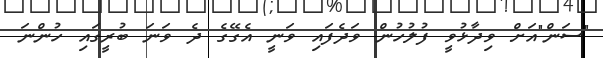
"ސަން"އަށް ވިދާޅުވީ ފުލުހުން ވަދެފައި ވަނީ އެގޭގެ ދެ ވަނަ ބުރީގައި ހުންނަ